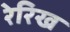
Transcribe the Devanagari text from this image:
रेरिख